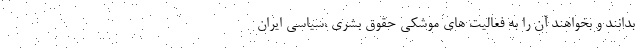
بدانند و بخواهند آن را به فعالیت های موشکی حقوق بشری ،سیاسی ایران